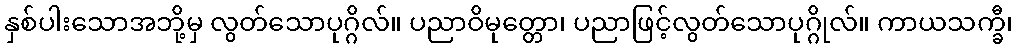
နှစ်ပါးသောအဘို့မှ လွတ်သောပုဂ္ဂိလ်။ ပညာဝိမုတ္တော၊ ပညာဖြင့်လွတ်သောပုဂ္ဂိုလ်။ ကာယသက္ခီ၊